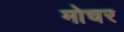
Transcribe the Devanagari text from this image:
मोचर